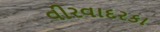
વીરવાદરકા